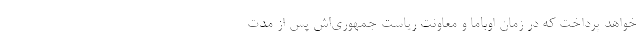
خواهد پرداخت که در زمان اوباما و معاونت ریاست جمهوری‌اش پس از مدت